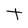
Character: t